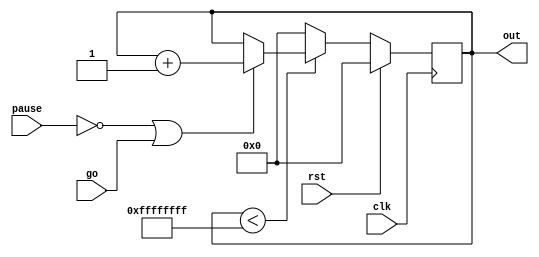
module Counter(
    input clk, pause, rst, go,
    output reg [31:0] out
);           
    initial out = 0;
	always @(posedge clk) begin
	    if (rst) out <= 0;
        else if (out < 32'hffffffff) begin
            if (~pause || go) out <= out + 1'b1;
            else out <= out;
        end
        else begin
            out <= 0;
        end
	end                           
endmodule